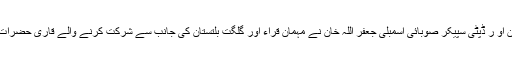
تقریب کے اختتام پر وزیر اعلی گلگت بلتستان او ر ڈپٹی سپیکر صوبائی اسمبلی جعفر اللہ خان نے مہمان قراء اور گلگت بلتستان کی جانب سے شرکت کرنے والے قاری حضرات میں شیلڈز اور سرٹیفیکیٹس بھی تقسیم کیے۔